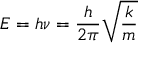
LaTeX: E = h \nu = { \frac { h } { 2 \pi } } { \sqrt { \frac { k } { m } } }